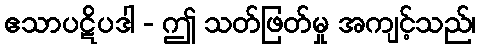
ဧသာပဋိပဒါ - ဤ သတ်ဖြတ်မှု အကျင့်သည်၊